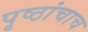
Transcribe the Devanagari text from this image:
पृष्ठांचाच